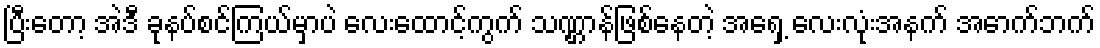
ပြီးတော့ အဲဒီ ခုနပ်စင်ကြယ်မှာပဲ လေးထောင့်ကွက် သဏ္ဌာန်ဖြစ်နေတဲ့ အရှေ့ လေးလုံးအနက် အောက်ဘက်